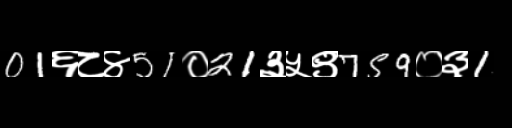
Text: 01६८४51०21३५९759०३1